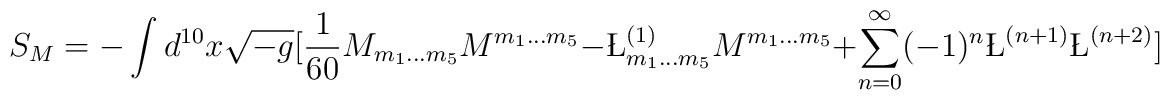
S_M=-\int d^{10}x\sqrt{-g}[{1\over{60}}M_{m_1...m_5}M^{m_1...m_5}-\L^{(1)}_{m_1...m_5}{M}^{m_1...m_5}+\sum_{n=0}^{\infty}(-1)^n\L^{(n+1)}\L^{(n+2)}]